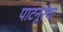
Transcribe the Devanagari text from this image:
पाटनूरचा